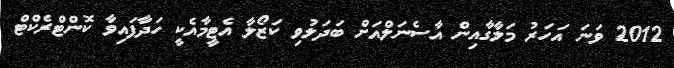
2012 ވަނަ އަހަރު މަލާގާއިން އާސެނަލްއަށް ބަދަލުވި ކަޒޯލާ އެޓީމާއެކީ ހަދާފައިވާ ކޮންޓްރެކްޓް